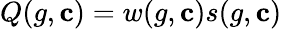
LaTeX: Q(g,\mathbf{c})=w(g,\mathbf{c})s(g,\mathbf{c})